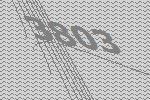
3803